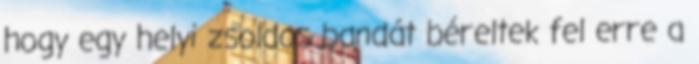
hogy egy helyi zsoldos bandát béreltek fel erre a